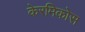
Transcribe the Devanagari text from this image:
केरमिकोस